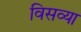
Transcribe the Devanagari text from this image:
विसव्या